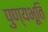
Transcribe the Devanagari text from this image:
पुण्यभूति